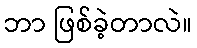
ဘာ ဖြစ်ခဲ့တာလဲ။